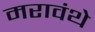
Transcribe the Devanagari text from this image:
मरावंथे